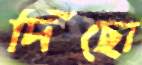
দিছো